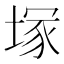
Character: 塚